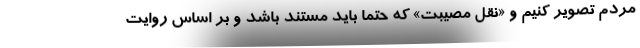
مردم تصویر کنیم و «نقل مصیبت» که حتما باید مستند باشد و بر اساس روایت